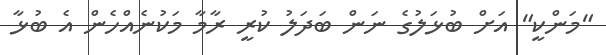
"މަންކީ" އަށް ބުޅަލުގެ ނަން ބަދަލު ކުރީ ރާމާ މަކުނެއްހެން އެ ބުޅާ